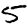
Digit: 5